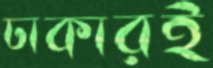
ঢাকারই